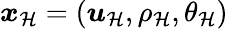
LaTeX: \boldsymbol{x}_{\mathcal{H}}=(\boldsymbol{u}_{\mathcal{H}},\rho_{\mathcal{H}},\theta_{\mathcal{H}})